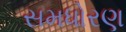
સમધોરણ